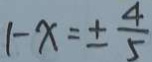
1 - x = \pm \frac { 4 } { 5 }